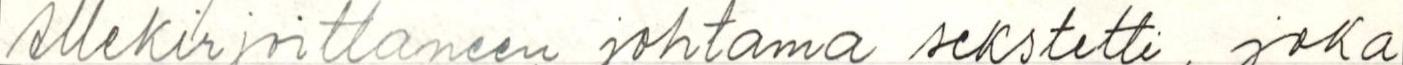
allekirjoittaneen johtama sekstetti, joka